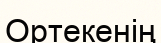
Ортекенің